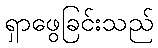
ရှာဖွေခြင်းသည်